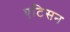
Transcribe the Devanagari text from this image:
एटिसन